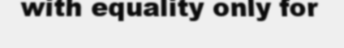
with equality only for